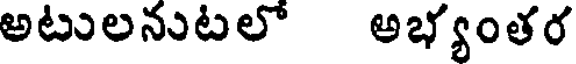
అటులనుటలో అభ్యంతర